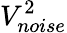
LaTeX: V_{noise}^{2}